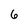
Character: 6